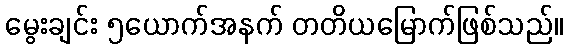
မွေးချင်း ၅ယောက်အနက် တတိယမြောက်ဖြစ်သည်။